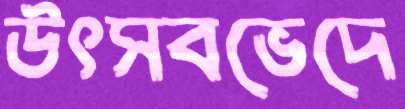
উৎসবভেদে